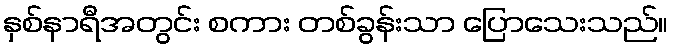
နှစ်နာရီအတွင်း စကား တစ်ခွန်းသာ ပြောသေးသည်။